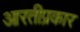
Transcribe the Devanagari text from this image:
आरतीप्रकार